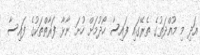
އަދި މި މުއްދަތުގެ ތެރޭގައި ފައިސާ ހޯދުމަށް ހުށަ ނާޅާ ފަރާތްތަކުގެ ފައިސާ